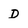
Character: d